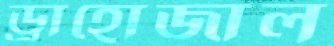
ড্রাহোজাল